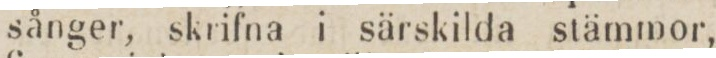
sånger, skrifna i särskilda stämmor,